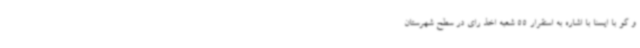
و گو با ایسنا با اشاره به استقرار 55 شعبه اخذ رای در سطح شهرستان